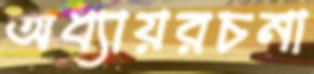
অধ্যায়রচনা